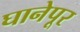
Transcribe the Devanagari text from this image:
घानेपूर